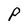
Character: P